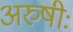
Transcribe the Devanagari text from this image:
अरुषीः